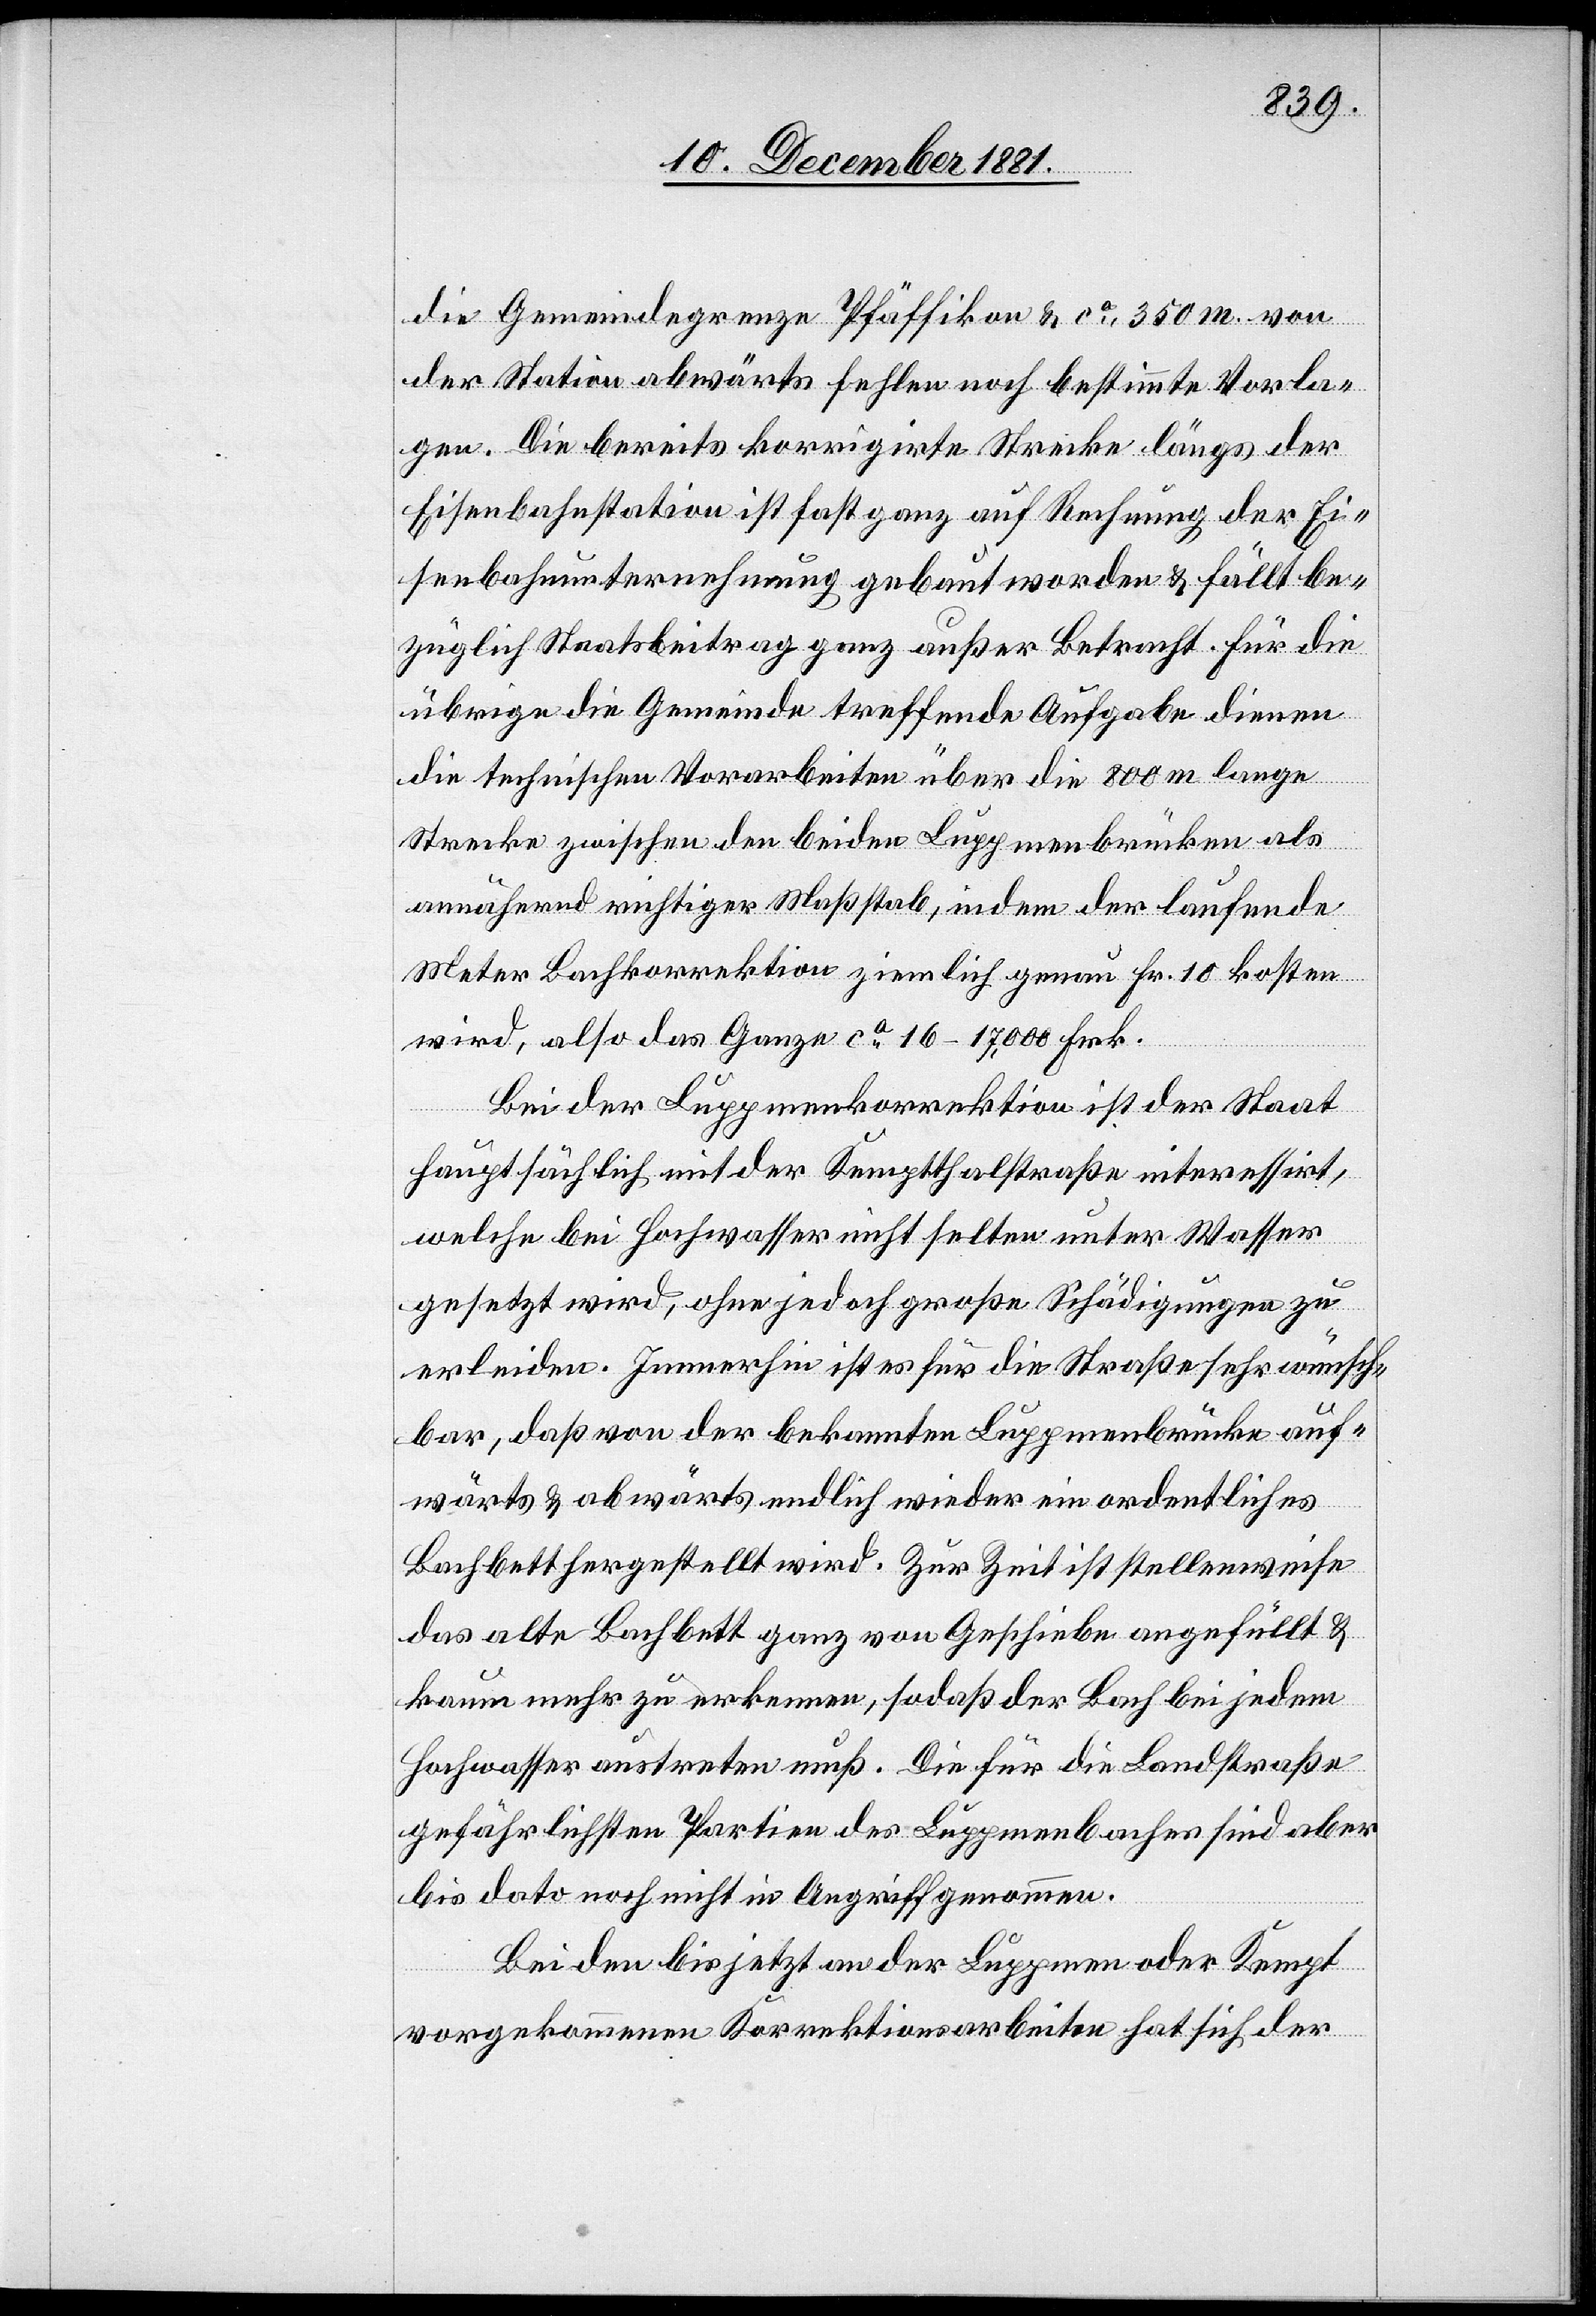
die Gemeindegrenze Pfäffikon & ca 350 m. von
der Station abwärts fehlen noch bestimmte Vorla¬
gen. Die bereits korrigirte Strecke längs der
Eisenbahnstation ist fast ganz auf Rechnung der Ei¬
senbahnunternehmung gebaut worden & fällt be¬
züglich Staatsbeitrag ganz außer Betracht. Für die
übrige die Gemeinde treffende Aufgabe dienen
die technischen Vorarbeiten über die 800 m lange
Strecke zwischen den beiden Luppmenbrücken als
annähernd richtiger Maßstab, indem der laufende
Meter Bahnkorrektion ziemlich genau Fr. 10 kosten
wird, also das Ganze ca 16–17,000 Frk.
Bei der Luppmenkorrektion ist der Staat
hauptsächlich mit der Kemptthalstraße interessirt,
welche bei Hochwasser nicht selten unter Wasser
gesetzt wird, ohne jedoch große Schädigungen zu
erleiden. Immerhin ist es für die Straße sehr wünsch¬
bar, daß von der bekannten Luppmenbrücke auf¬
wärts & abwärts endlich wieder ein ordentliches
Bachbett hergestellt wird. Zur Zeit ist stellenweise
das alte Bachbett ganz von Geschiebe angefüllt &
kaum mehr zu erkennen, sodaß der Bach bei jedem
Hochwasser austreten muß. Die für die Landstraße
gefährlichsten Partien des Luppmenbaches sind aber
bis dato noch nicht in Angriff genommen.
Bei den bis jetzt an der Luppmen oder Kempt
vorgekommenen Korrektionsarbeiten hat sich der